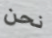
نحن